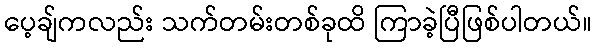
ပေ့ချ်ကလည်း သက်တမ်းတစ်ခုထိ ကြာခဲ့ပြီဖြစ်ပါတယ်။